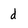
Character: d